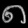
Digit: ၈